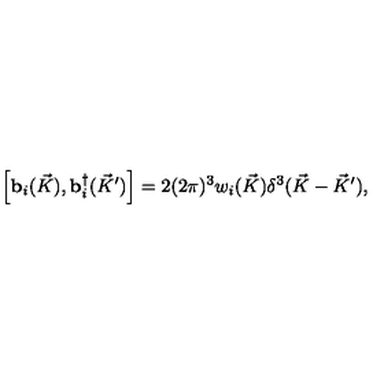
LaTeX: \Big [ { \bf b } _ { i } ( \vec { K } ) , { \bf b } _ { i } ^ { \dagger } ( { \vec { K } } ^ { \prime } ) \Big ] = 2 ( 2 \pi ) ^ { 3 } w _ { i } ( \vec { K } ) \delta ^ { 3 } ( \vec { K } - { \vec { K } } ^ { \prime } ) ,